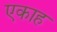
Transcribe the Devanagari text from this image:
एकाह